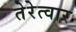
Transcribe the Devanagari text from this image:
तेरेत्वार